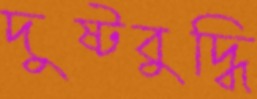
দুষ্টবুদ্ধি